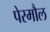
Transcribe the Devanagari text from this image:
पेरमौल